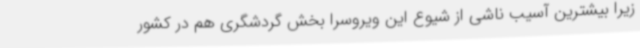
زیرا بیشترین آسیب ناشی از شیوع این ویروسرا بخش گردشگری هم در کشور